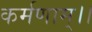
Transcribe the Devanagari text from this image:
कर्मणाम्।।